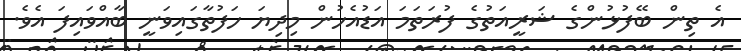
އެ ތިން ބޭފުޅުންގެ ޝަރީއަތުގެ ފުރަތަމަ އަޑުއެހުން މިދިޔަ ހަފުތާގައިވަނީ ބާއްވައިފަ އެވެ.